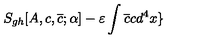
S _ { g h } [ A , c , \overline { { c } } ; \alpha ] - \varepsilon \int \overline { { c } } c d ^ { 4 } x \}